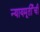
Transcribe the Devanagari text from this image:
न्यायमूर्तींची